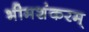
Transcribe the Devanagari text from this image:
भीमशंकरम्